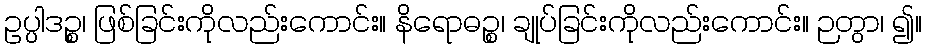
ဥပ္ပါဒဉ္စ၊ ဖြစ်ခြင်းကိုလည်းကောင်း။ နိရောဓဉ္စ၊ ချုပ်ခြင်းကိုလည်းကောင်း။ ဉတွာ၊ ၍။